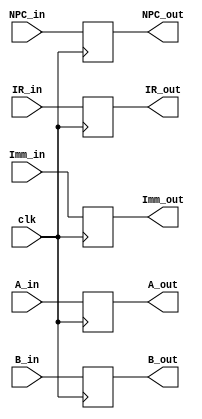
`timescale 1ns / 1ps
//////////////////////////////////////////////////////////////////////////////////
// Company: 
// Engineer: 
// 
// Design Name: 
// Module Name:    ID_EX_reg 
// Project Name: 
// Target Devices: 
// Tool versions: 
// Description: 
//
// Dependencies: 
//
// Revision: 
// Revision 0.01 - File Created
// Additional Comments: 
//
//////////////////////////////////////////////////////////////////////////////////
module ID_EX_reg(
    input [31:0] NPC_in,
    input [31:0] A_in,
    input [31:0] B_in,
    input [31:0] Imm_in,
    input [31:0] IR_in,
	input clk,
    output [31:0] NPC_out,
    output [31:0] A_out,
    output [31:0] B_out,
    output [31:0] Imm_out,
    output [31:0] IR_out
    );


reg [31:0] NPC;
reg [31:0] IR;
reg [31:0] A;
reg [31:0] B;
reg [31:0] Imm;

assign NPC_out = NPC;
assign IR_out = IR;
assign A_out = A;
assign B_out = B;
assign Imm_out = Imm;



always @(posedge clk)

	begin
	 NPC <= NPC_in ;
	 IR <= IR_in ;
	 A <=  A_in;
	 B <=  B_in;
	 Imm <= Imm_in;
   end
	
endmodule